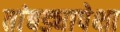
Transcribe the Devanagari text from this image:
तांबड्यापेक्षा